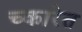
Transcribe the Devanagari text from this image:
च्कारेत